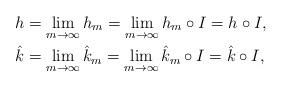
LaTeX: \begin{align*} h & =\lim_{m\to\infty}h_m=\lim_{m\to\infty} h_m\circ I = h\circ I,\\ \hat k&=\lim_{m\to\infty}\hat k_m=\lim_{m\to\infty} \hat k_m\circ I = \hat k\circ I,\end{align*}